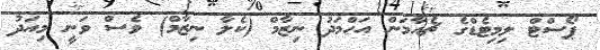
ޕޯސްޓް ލިމިޓެޑްގެ ޗެއާމަން އަހްމަދު ނިޒާމް (ކެލާ ނިޒާމް) ވެސް ވަނީ މިއަދު